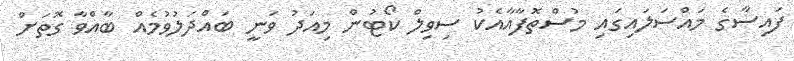
ފައިސާގެ މައްސަލައިގައި މުސްތޮފާއާއެކު ސިވިލް ކޯޓުން މިއަދު ވަނީ ބައްދަލުވުމެއް ބާއްވާ ގޮތަށް